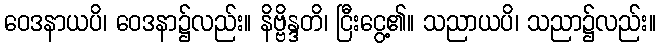
ဝေဒနာယပိ၊ ဝေဒနာ၌လည်း။ နိဗ္ဗိန္ဒတိ၊ ငြီးငွေ့၏။ သညာယပိ၊ သညာ၌လည်း။